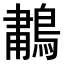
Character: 𫛆